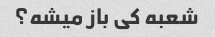
شعبه کی باز میشه؟